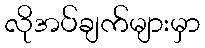
လိုအပ်ချက်များမှာ